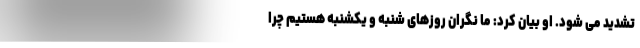
تشدید می شود. او بیان کرد: ما نگران روزهای شنبه و یکشنبه هستیم چرا